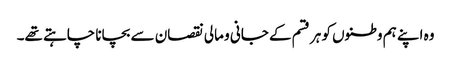
وہ اپنے ہم وطنوں کو ہر قسم کے جانی و مالی نقصان سے بچانا چاہتے تھے۔